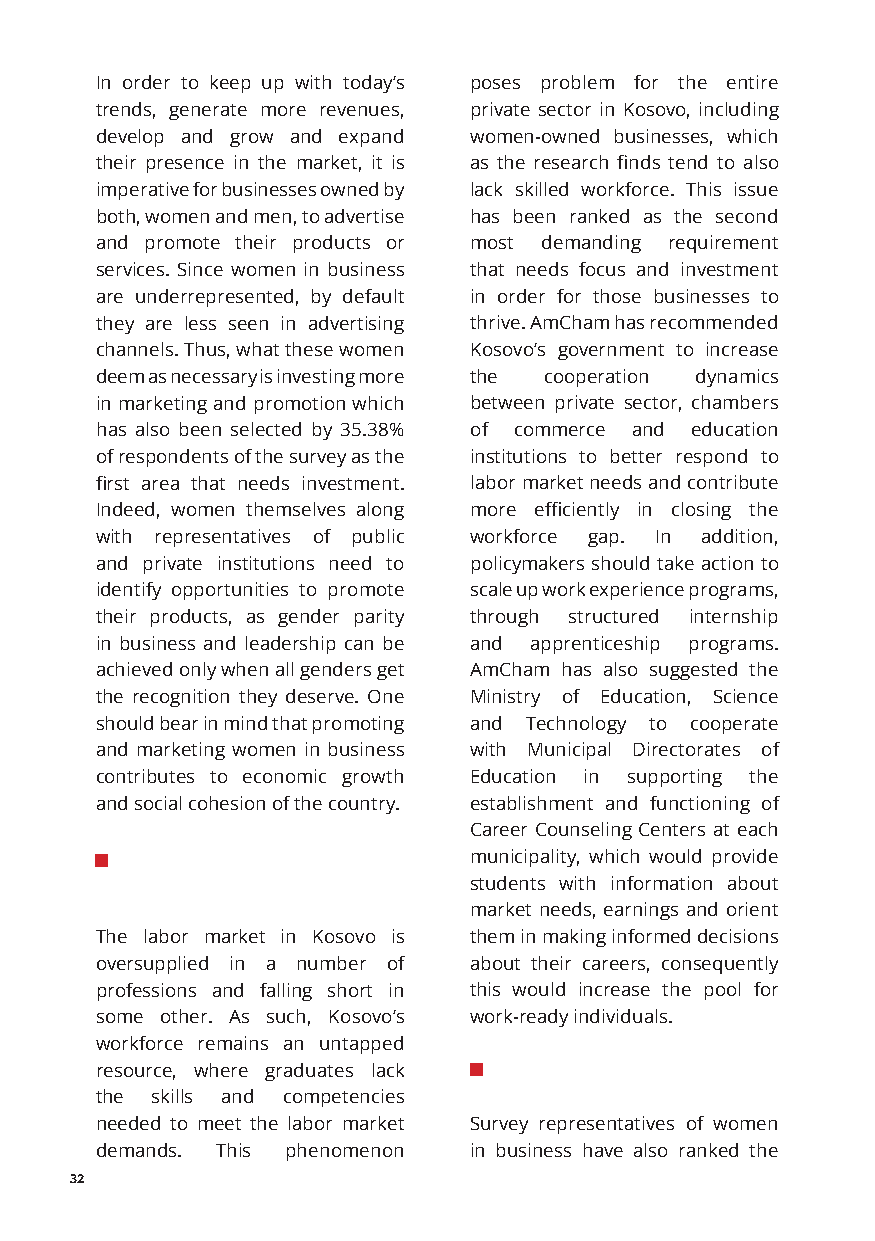
In order to keep up with today’s poses problem for the entire
 trends, generate more revenues, private sector in Kosovo, including
 develop and grow and expand women-owned businesses, which
 their presence in the market, it is as the research finds tend to also
 imperative for businesses owned by lack skilled workforce. This issue
 both, women and men, to advertise has been ranked as the second
 and promote their products or most demanding requirement
 services. Since women in business that needs focus and investment
 are underrepresented, by default in order for those businesses to
 they are less seen in advertising thrive. AmCham has recommended
 channels. Thus, what these women Kosovo’s government to increase
 deem as necessary is investing more the cooperation dynamics
 in marketing and promotion which between private sector, chambers
 has also been selected by 35.38% of commerce and education
 of respondents of the survey as the institutions to better respond to
 first area that needs investment. labor market needs and contribute
 Indeed, women themselves along more efficiently in closing the
 with representatives of public workforce gap. In addition,
 and private institutions need to policymakers should take action to
 identify opportunities to promote scale up work experience programs,
 their products, as gender parity through structured internship
 in business and leadership can be and apprenticeship programs.
 achieved only when all genders get AmCham has also suggested the
 the recognition they deserve. One Ministry of Education, Science
 should bear in mind that promoting and Technology to cooperate
 and marketing women in business with Municipal Directorates of
 contributes to economic growth Education in supporting the
 and social cohesion of the country. establishment and functioning of
 Career Counseling Centers at each
 municipality, which would provide
 students with information about
 market needs, earnings and orient
 The labor market in Kosovo is them in making informed decisions
 oversupplied in a number of about their careers, consequently
 professions and falling short in this would increase the pool for
 some other. As such, Kosovo’s work-ready individuals.
 workforce remains an untapped
 resource, where graduates lack
 the skills and competencies
 needed to meet the labor market Survey representatives of women
 demands. This phenomenon in business have also ranked the
 32